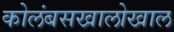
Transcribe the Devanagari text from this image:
कोलंबसखालोखाल